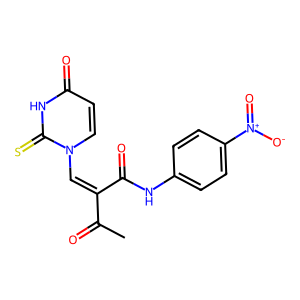
SMILES: CC(=O)C(=Cn1ccc(=O)[nH]c1=S)C(=O)Nc1ccc([N+](=O)[O-])cc1
Inhibits HIV replication: No